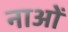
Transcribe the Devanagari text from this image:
नाओं